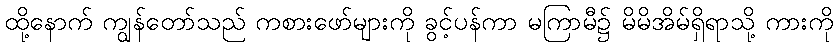
ထို့နောက် ကျွန်တော်သည် ကစားဖော်များကို ခွင့်ပန်ကာ မကြာမီ၌ မိမိအိမ်ရှိရာသို့ ကားကို